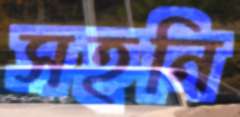
সহনি